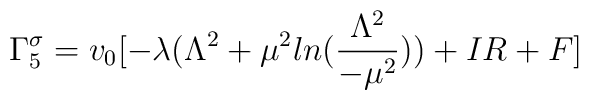
\Gamma_5^{\sigma}= v_0[-\lambda( \Lambda^2 + \mu^2ln(\frac{\Lambda^2}{-\mu^2})) + IR+ F]